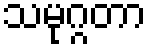
သမုဂ္ဂတာ